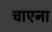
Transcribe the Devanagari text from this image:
चाएना